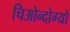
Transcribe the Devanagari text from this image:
चिओन्दोग्यो